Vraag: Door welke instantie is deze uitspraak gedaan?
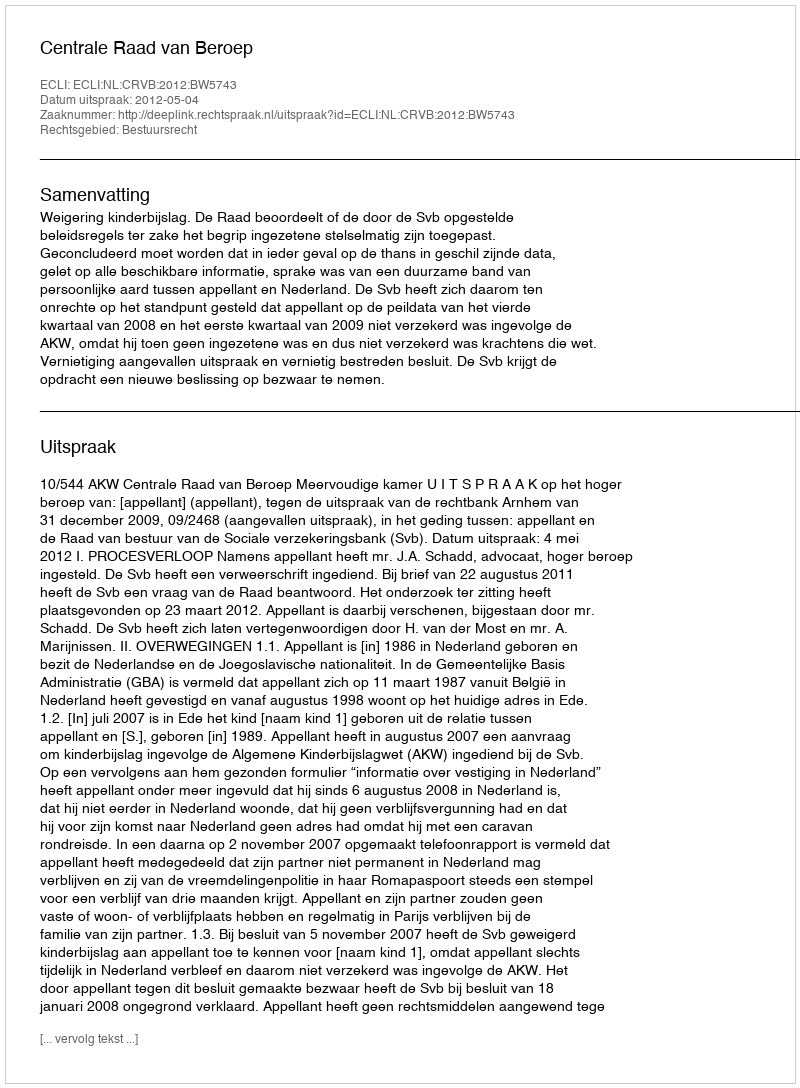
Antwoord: Centrale Raad van Beroep